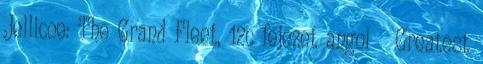
Jellicoe: The Grand Fleet, 12c fejezet angol ↑ Greatest